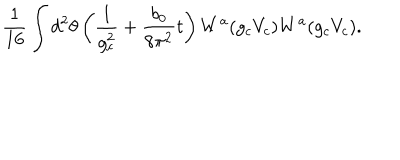
\frac { 1 } { 1 6 } \int d ^ { 2 } \theta \left( \frac { 1 } { g _ { c } ^ { 2 } } + \frac { b _ { 0 } } { 8 \pi ^ { 2 } } t \right) W ^ { a } ( g _ { c } V _ { c } ) W ^ { a } ( g _ { c } V _ { c } ) .